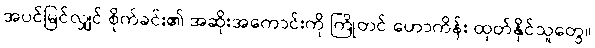
အပင်မြင်လျှင် စိုက်ခင်း၏ အဆိုးအကောင်းကို ကြိုတင် ဟောကိန်း ထုတ်နိုင်သူတွေ။